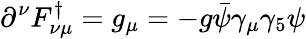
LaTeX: \partial^{\nu}F_{\nu\mu}^{\dagger}=g_{\mu}=-g\bar{\psi}\gamma_{\mu}\gamma_{5}\psi